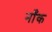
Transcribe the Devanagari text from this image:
नाँक